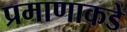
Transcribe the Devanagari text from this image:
प्रमाणाकडे